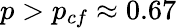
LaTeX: p>p_{cf}\approx 0.67